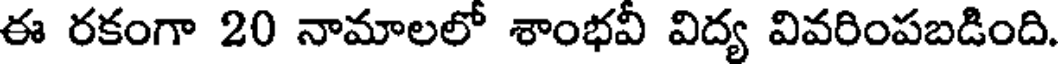
ఈ రకంగా 20 నామాలలో శాంభవీ విద్య వివరింపబడింది.